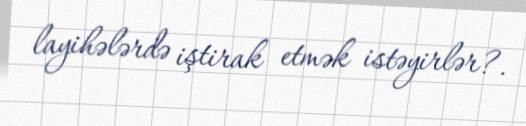
layihələrdə iştirak etmək istəyirlər?.